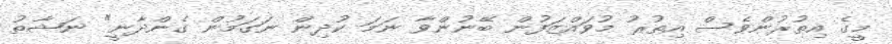
މީގެ އިތުރުންވެސް އިތުރު މުވައްޒަފުން ބޭނުންވާ ނަމަ ކުދިން ނަގަމުން ގެންދާނީ" ނަޝާތު